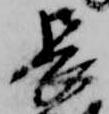
長